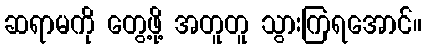
ဆရာမကို တွေ့ဖို့ အတူတူ သွားကြရအောင်။